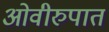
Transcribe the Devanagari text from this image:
ओवीरुपात